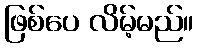
ဖြစ်ပေ လိမ့်မည်။